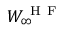
W _ { \infty } ^ { \mathrm { ~ H ~ F ~ } }